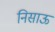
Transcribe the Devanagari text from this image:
निसाऊ